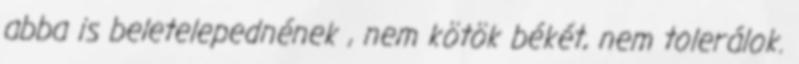
abba is beletelepednének , nem kötök békét, nem tolerálok.